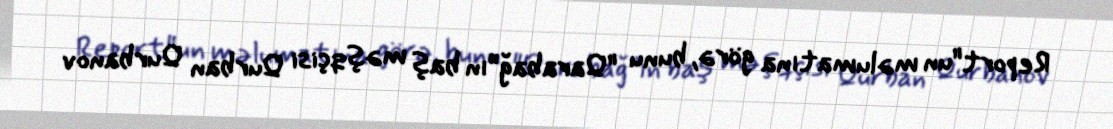
Report"un məlumatına görə, bunu "Qarabağ”ın baş məşqçisi Qurban Qurbanov